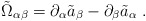
\begin{align*}{\tilde \Omega}_{\alpha\beta} = \partial_\alpha {\tilde a}_\beta - \partial_\beta {\tilde a}_\alpha \;.\end{align*}